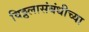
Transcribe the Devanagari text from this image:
विठ्ठलासंबंधीच्या